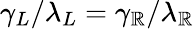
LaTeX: \gamma_{L}/\lambda_{L}=\gamma_{\mathbb{R}}/\lambda_{\mathbb{R}}